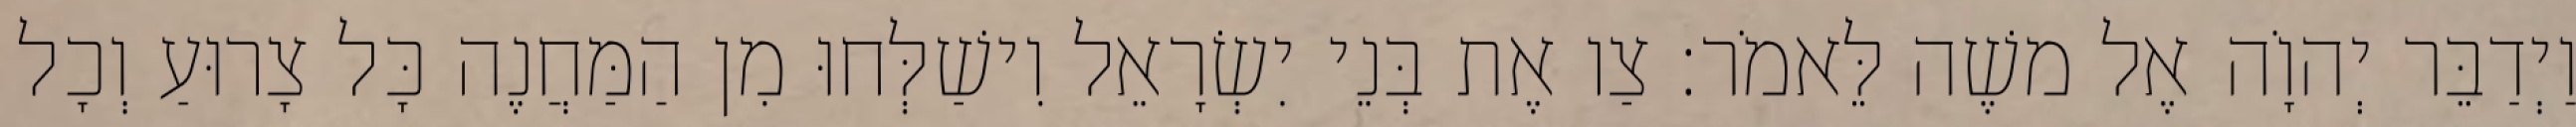
וַיְדַבֵּר יְהוָֹה אֶל משֶׁה לֵּאמֹר׃ צַו אֶת בְּנֵי יִשְׂרָאֵל וִישַׁלְּחוּ מִן הַמַּחֲנֶה כָּל צָרוּעַ וְכָל